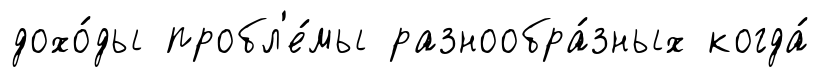
дохо́ды пробл'е́мы разнообра́зных когда́